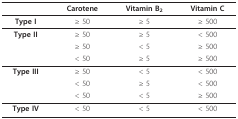
<table><thead><tr><td></td><td><b>Carotene</b></td><td><b>Vitamin B<sub>2</sub></b></td><td><b>Vitamin C</b></td></tr></thead><tbody><tr><td><b>Type I</b></td><td>≥ 50</td><td>≥ 5</td><td>≥ 500</td></tr><tr><td><b>Type II</b></td><td>≥ 50</td><td>≥ 5</td><td>&lt; 500</td></tr><tr><td></td><td>≥ 50</td><td>&lt; 5</td><td>≥ 500</td></tr><tr><td></td><td>&lt; 50</td><td>≥ 5</td><td>≥ 500</td></tr><tr><td><b>Type III</b></td><td>≥ 50</td><td>&lt; 5</td><td>&lt; 500</td></tr><tr><td></td><td>&lt; 50</td><td>≥ 5</td><td>&lt; 500</td></tr><tr><td></td><td>&lt; 50</td><td>&lt; 5</td><td>≥ 500</td></tr><tr><td><b>Type IV</b></td><td>&lt; 50</td><td>&lt; 5</td><td>&lt; 500</td></tr></tbody></table>